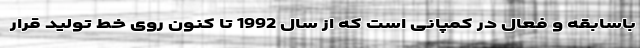
باسابقه و فعال در کمپانی است که از سال 1992 تا کنون روی خط تولید قرار